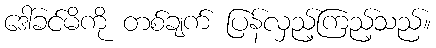
ဒေါ်ခင်မိကို တစ်ချက် ပြန်လှည့်ကြည့်သည်။